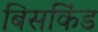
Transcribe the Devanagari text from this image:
बिसकिंड